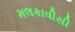
મલકાવીસી